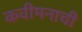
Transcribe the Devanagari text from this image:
कवीमनाची